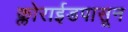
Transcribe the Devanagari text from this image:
क्लोराईडपासून